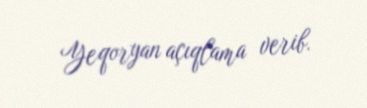
Yeqoryan açıqlama verib.